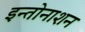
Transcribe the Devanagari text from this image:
इन्तोनाशन